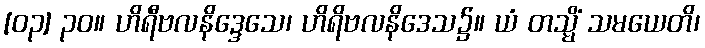
[၀၃] ၃၀။ ဟိရီဗလနိဒ္ဒေသေ၊ ဟိရိဗလနိဒေသ၌။ ယံ တသ္မိံ သမယေတိ၊